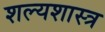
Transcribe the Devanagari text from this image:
शल्यशास्त्र